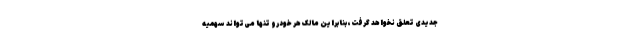
جدیدی تعلق نخواهد گرفت، بنابراین مالک هر خودرو تنها می‌تواند سهمیه